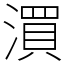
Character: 㵋